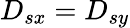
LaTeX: D_{sx}=D_{sy}